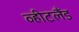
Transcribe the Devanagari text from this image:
व्हीटलैंड